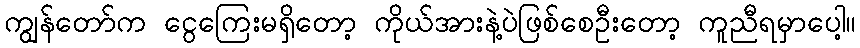
ကျွန်တော်က ငွေကြေးမရှိတော့ ကိုယ်အားနဲ့ပဲဖြစ်စေဦးတော့ ကူညီရမှာပေါ့။